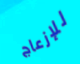
للإزعاج